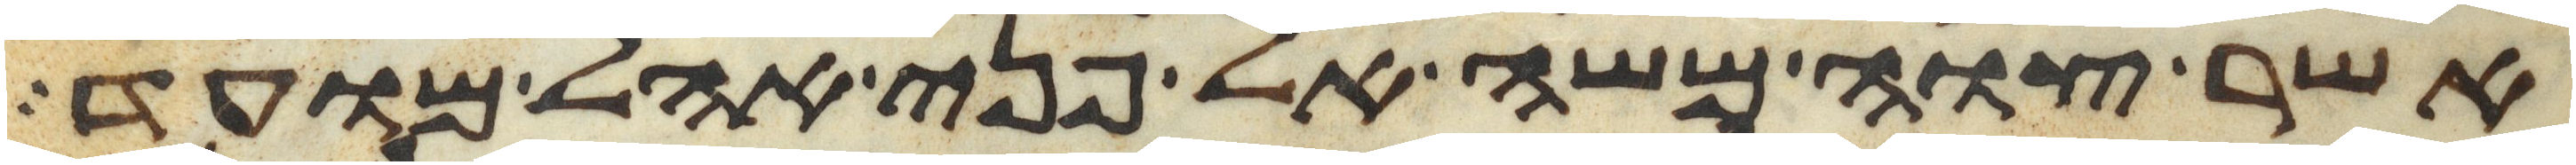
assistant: אשר צוה משה אל פני אהל מועד